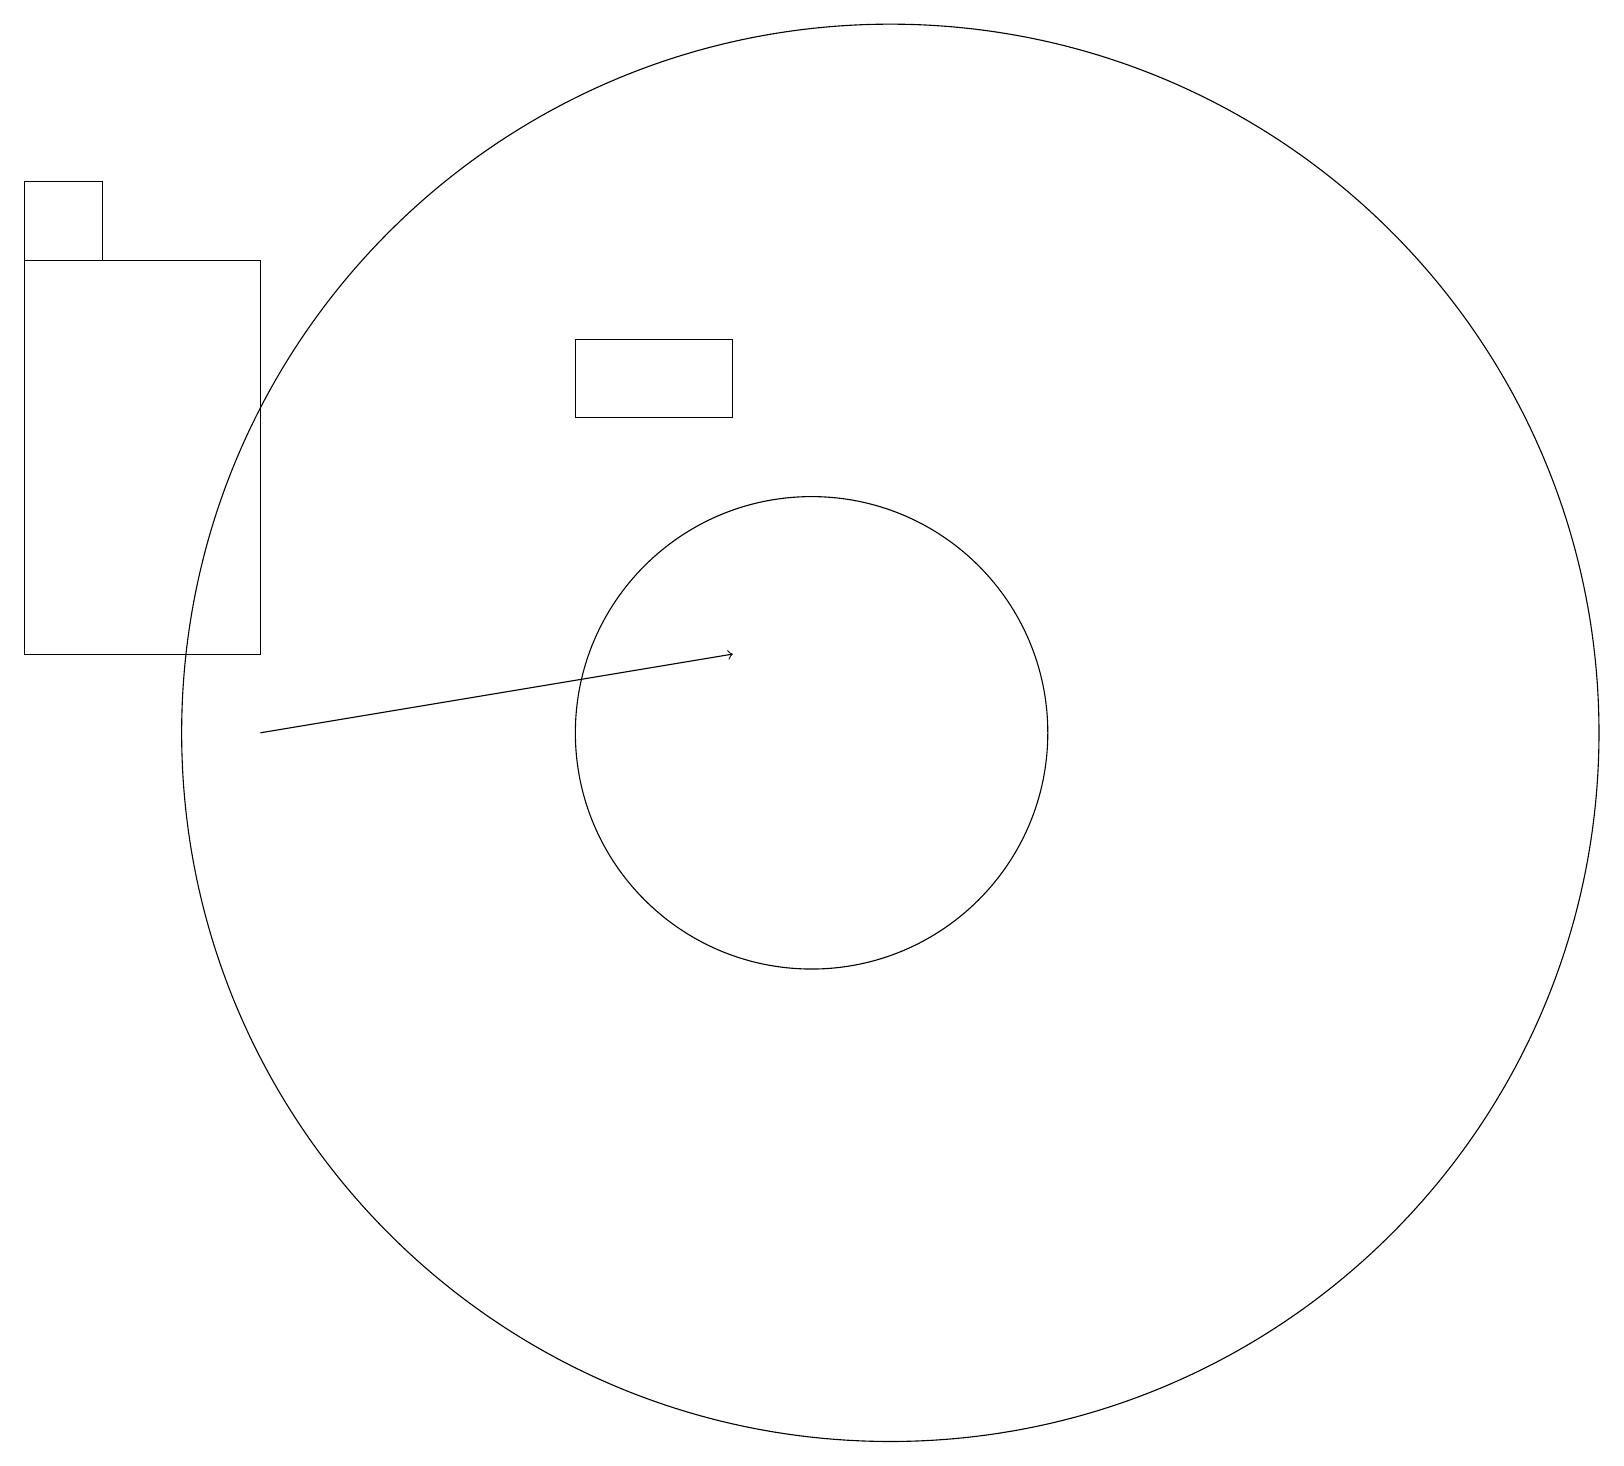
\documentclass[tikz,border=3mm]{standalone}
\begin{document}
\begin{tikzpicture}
\draw (10,10) circle (3);
\draw (0,16) rectangle (3,11);
\draw (1,16) rectangle (0,17);
\draw[->] (3,10) -- (9,11);
\draw (9,14) rectangle (7,15);
\draw (11,10) circle (9);
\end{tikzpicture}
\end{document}